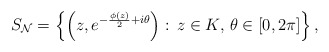
\begin{align*}S_{\mathcal{N}} = \left\{\left(z, e^{-{\phi(z) \over 2} + i \theta}\right):\, z \in K,\, \theta \in [0, 2\pi]\right\}, \end{align*}